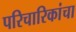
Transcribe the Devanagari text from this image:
परिचारिकांचा